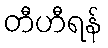
တီဟီရန်